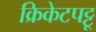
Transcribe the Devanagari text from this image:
क्रिकेटपट्टू